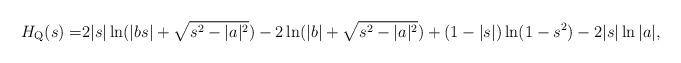
LaTeX: \begin{align*}H_{\mathrm{Q}}(s) =&2|s|\ln (|bs|+\sqrt{s^2-|a|^2})-2\ln (|b|+\sqrt{s^2-|a|^2})+(1-|s|)\ln (1-s^2) -2|s|\ln |a|,\end{align*}